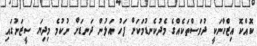
ކޮއްކޮ އިޒްހާނަކީ ދުވަސްތަކެއްގެ މެދުކެނޑުމަކަށް ފަހު އަލުން ދަނޑަށް ނުކުމެ މިދިޔަ ސީޒަނުގައި